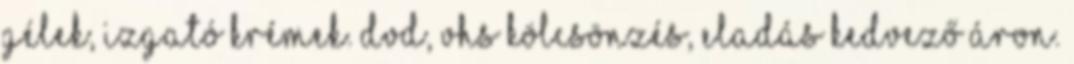
gélek, izgató krémek. DVD, VHS kölcsönzés, eladás kedvező áron.